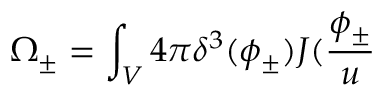
\Omega _ { \pm } = \int _ { V } 4 \pi \delta ^ { 3 } ( \phi _ { \pm } ) J ( \frac { \phi _ { \pm } } u